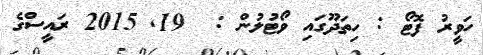
ހަވީރު ފޮޓޯ : ހިތަދޫގައި ވޯޓުލުން :  19